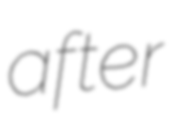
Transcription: after